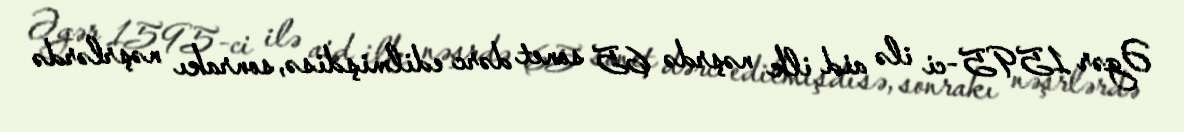
Əgər 1595-ci ilə aid ilk nəşrdə 65 sonet dərc edilmişdisə, sonrakı nəşrlərdə